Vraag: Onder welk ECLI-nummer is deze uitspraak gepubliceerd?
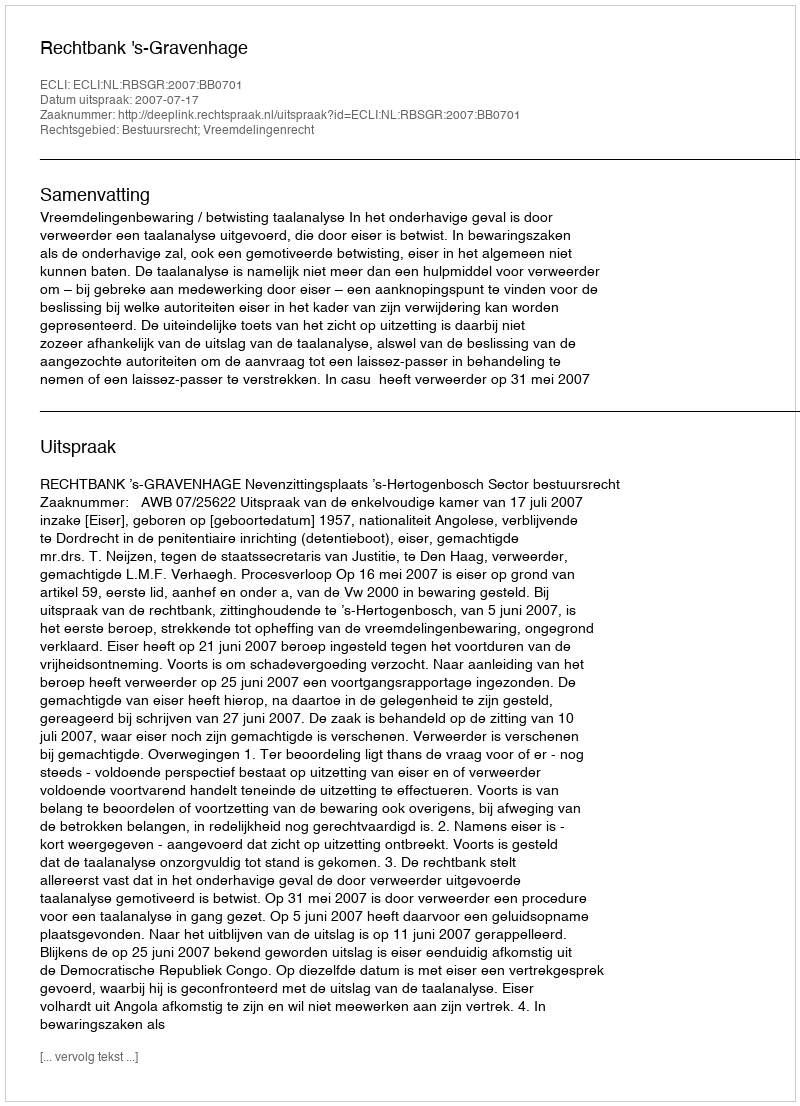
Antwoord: ECLI:NL:RBSGR:2007:BB0701